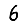
Digit: 6